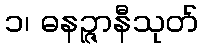
၁၊ ဓနဉ္ဇာနီသုတ်